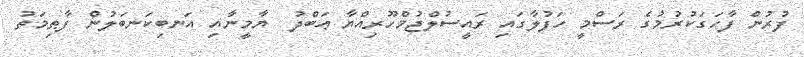
ފުރުން ފާހަގަކުރުމުގެ ރަސްމީ ހަފުލާގައި ރައީސުލްޖުމްހޫރިއްޔާ ޢަބްދު  ޔާމީނާއި އަނބިކަނބަލުން ފާޠިމަތު